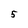
Character: 5